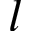
l